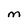
Character: M